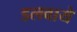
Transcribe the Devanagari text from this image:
डलवाये